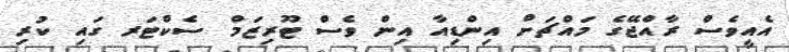
އެއީވެސް ރާއްޖޭގެ މައްޗަށް އިންޑިއާ އިން ވެސް ޓޫރިޒަމް ސެކްޓަރ ގައި ކުރި